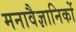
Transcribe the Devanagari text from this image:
मनावैज्ञानिकों